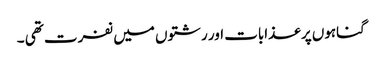
گناہوں پر عذابات اور رشتوں میں نفرت تھی ۔